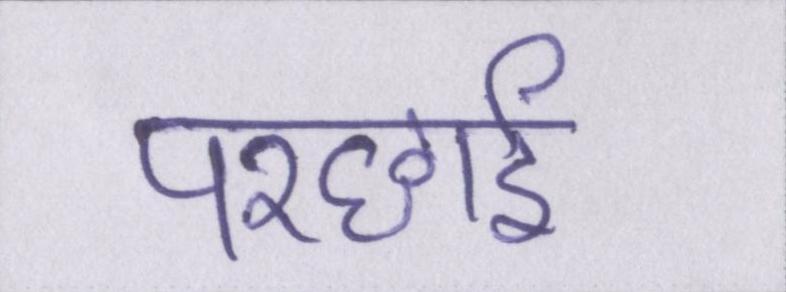
परछाईं